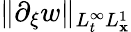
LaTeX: \| \partial_{\xi}w\| _{L_{t}^{\infty}L_{\mathbf{x}}^{1}}